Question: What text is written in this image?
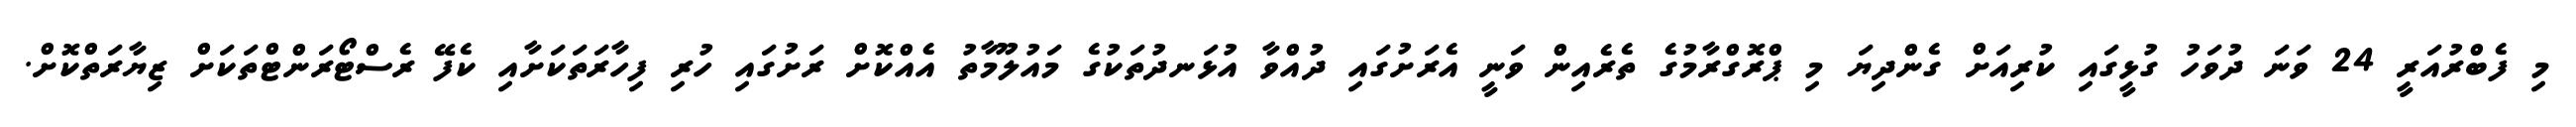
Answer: މި ފެބްރުއަރީ 24 ވަނަ ދުވަހު ގުޅީގައި ކުރިއަށް ގެންދިޔަ މި ޕްރޮގްރާމުގެ ތެރެއިން ވަނީ އެރަށުގައި ދުއްވާ އުޅަނދުތަކުގެ މައުލޫމާތު އެއްކޮށް ރަށުގައި ހުރި ފިހާރަތަކަށާއި ކެފޭ ރެސްޓޯރަންޓްތަކަށް ޒިޔާރަތްކޮށް.